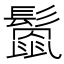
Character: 𩮻